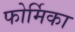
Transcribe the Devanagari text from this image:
फोर्मिका